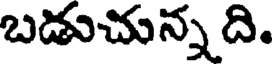
బడుచున్న ది.